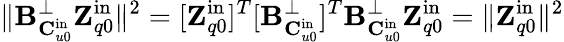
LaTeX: \| \mathbf{B}_{\mathbf{C}_{u0}^{\mathrm{in}}}^{\perp}\mathbf{Z}_{q0}^{\mathrm{in}}\| ^{2}=[\mathbf{Z}_{q0}^{\mathrm{in}}]^{T}[\mathbf{B}_{\mathbf{C}_{u0}^{\mathrm{in}}}^{\perp}]^{T}\mathbf{B}_{\mathbf{C}_{u0}^{\mathrm{in}}}^{\perp}\mathbf{Z}_{q0}^{\mathrm{in}}=\| \mathbf{Z}_{q0}^{\mathrm{in}}\| ^{2}